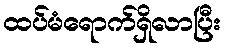
ထပ်မံရောက်ရှိလာပြီး